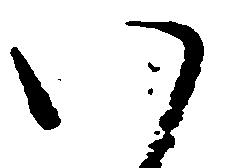
い